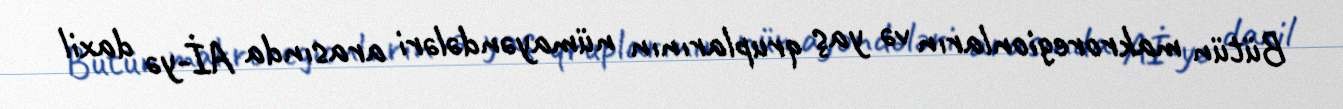
Bütün makroregionların və yaş qruplarının nümayəndələri arasında Aİ-yə daxil